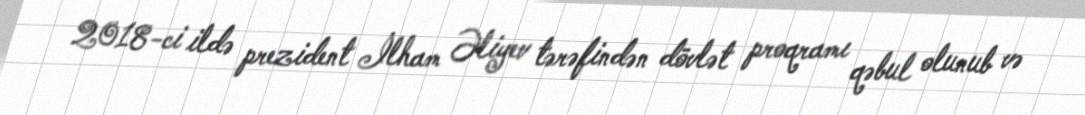
2018-ci ildə prezident İlham Əliyev tərəfindən dövlət proqramı qəbul olunub və